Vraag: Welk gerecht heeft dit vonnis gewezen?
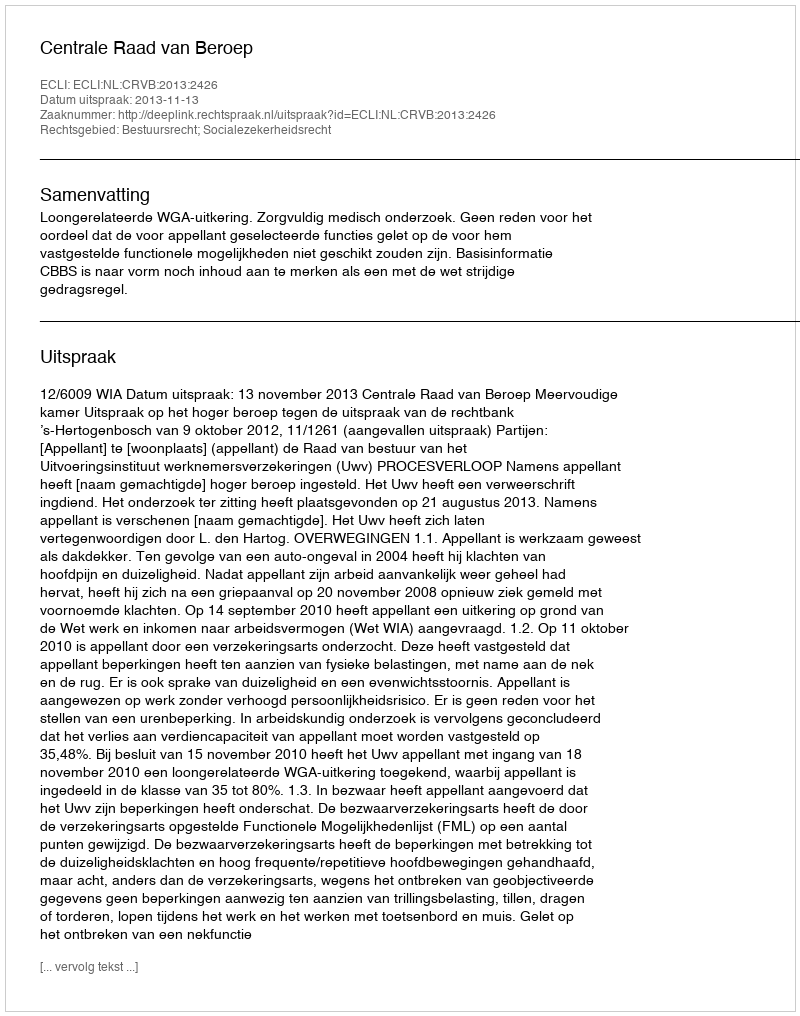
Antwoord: Centrale Raad van Beroep